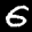
Label: 6